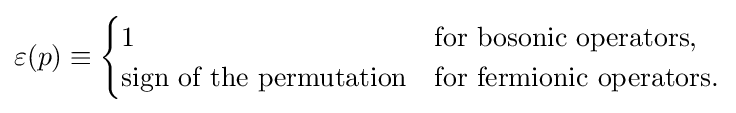
\varepsilon (p)\equiv {\begin{cases}1&{\text{for bosonic operators,}}\\{\text{sign of the permutation}}&{\text{for fermionic operators.}}\end{cases}}